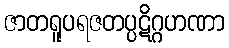
ဇာတရူပရဇတပ္ပဋိဂ္ဂဟဏာ